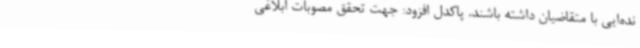
نده‌ایی با متقاضیان داشته باشند. پاکدل افزود: جهت تحقق مصوبات ابلاغی